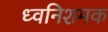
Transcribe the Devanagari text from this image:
ध्वनिशमक